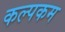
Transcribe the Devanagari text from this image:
कल्पकम